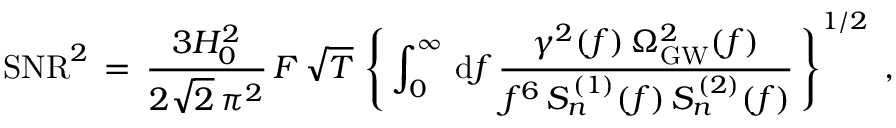
\mathrm { S N R } ^ { 2 } \, = \, \frac { 3 H _ { 0 } ^ { 2 } } { 2 \sqrt { 2 } \, \pi ^ { 2 } } \, F \, \sqrt { T } \, \left\{ \, \int _ { 0 } ^ { \infty } \, \mathrm { d } f \, \frac { \gamma ^ { 2 } ( f ) \, \Omega _ { \mathrm { G W } } ^ { 2 } ( f ) } { f ^ { 6 } \, S _ { n } ^ { \, ( 1 ) } ( f ) \, S _ { n } ^ { \, ( 2 ) } ( f ) } \, \right\} ^ { 1 / 2 } \; ,